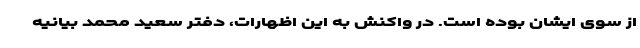
از سوی ایشان بوده است. در واکنش به این اظهارات، دفتر سعید محمد بیانیه